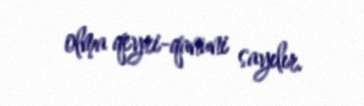
olma qeyri-qanuni sayılır.